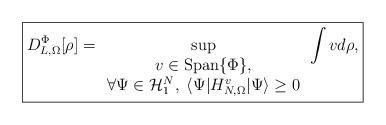
LaTeX: \begin{align*}\boxed{D_{L,\Omega}^{\Phi}[\rho]=\sup_{\begin{array}{c}v \in {\rm Span}\{\Phi\},\\\forall \Psi\in \mathcal H_1^N, \;\langle\Psi | H_{N,\Omega}^v|\Psi \rangle \geq 0 \\\end{array}}\int vd\rho,}\end{align*}